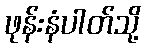
ဖုန်းနံပါတ်သို့